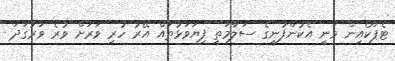
ޓެޕްކޯއިން ވަނީ އެކުންފުނީގެ ސަލާމަތީ ފިޔަވަޅުތައް އޭރު ހުރި ވަރަށް ވުރެ ވަރުގަދަ